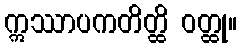
ဣဿာပကတိတ္ထိ ဝတ္ထု။